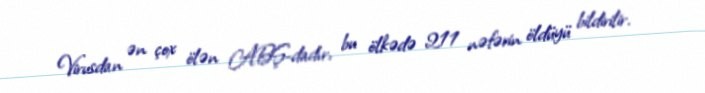
Virusdan ən çox ölən ABŞ-dadır, bu ölkədə 211 nəfərin öldüyü bildirilir.